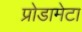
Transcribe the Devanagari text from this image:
प्रोडामेटा